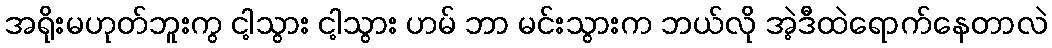
အရိုးမဟုတ်ဘူးကွ ငါ့သွား ငါ့သွား ဟမ် ဘာ မင်းသွားက ဘယ်လို အဲ့ဒီထဲရောက်နေတာလဲ